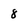
Character: 8